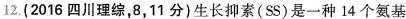
12.(2016四川理综，8，11分)生长抑素(SS)是一种14个氨基